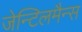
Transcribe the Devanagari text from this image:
जेन्टिलमैन्स